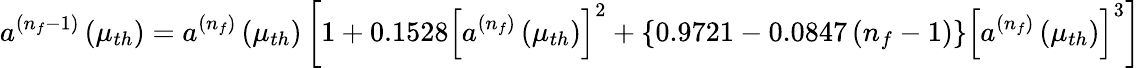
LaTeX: a^{(n_{f}-1)}\left(\mu_{th}\right)=a^{(n_{f})}\left(\mu_{th}\right)\left[1+0.1528\left[a^{(n_{f})}\left(\mu_{th}\right)\right]^{2}+\left\{ 0.9721-0.0847\left(n_{f}-1\right)\right\} \left[a^{(n_{f})}\left(\mu_{th}\right)\right]^{3}\right]